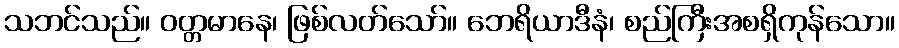
သဘင်သည်။ ဝတ္တမာနေ၊ ဖြစ်လတ်သော်။ ဘေရိယာဒီနံ၊ စည်ကြီးအစရှိကုန်သော။